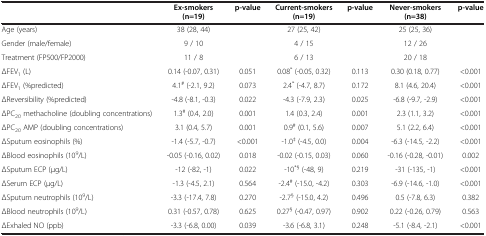
<table><thead><tr><td><b> </b></td><td><b>Ex-smokers (n=19)</b></td><td><b>p-value</b></td><td><b>Current-smokers (n=19)</b></td><td><b>p-value</b></td><td><b>Never-smokers (n=38)</b></td><td><b>p-value</b></td></tr></thead><tbody><tr><td>Age (years)</td><td>38 (28, 44)</td><td> </td><td>27 (25, 42)</td><td> </td><td>25 (25, 36)</td><td> </td></tr><tr><td>Gender (male/female)</td><td>9 / 10</td><td> </td><td>4 / 15</td><td> </td><td>12 / 26</td><td> </td></tr><tr><td>Treatment (FP500/FP2000)</td><td>11 / 8</td><td> </td><td>6 / 13</td><td> </td><td>20 / 18</td><td> </td></tr><tr><td>ΔFEV<sub>1</sub> (L)</td><td>0.14 (-0.07, 0.31)</td><td>0.051</td><td>0.08<sup>*</sup> (-0.05, 0.32)</td><td>0.113</td><td>0.30 (0.18, 0.77)</td><td>&lt;0.001</td></tr><tr><td>ΔFEV<sub>1</sub> (%predicted)</td><td>4.1<sup>#</sup> (-2.1, 9.2)</td><td>0.073</td><td>2.4<sup>*</sup> (-4.7, 8.7)</td><td>0.172</td><td>8.1 (4.6, 20.4)</td><td>&lt;0.001</td></tr><tr><td>ΔReversibility (%predicted)</td><td>-4.8 (-8.1, -0.3)</td><td>0.022</td><td>-4.3 (-7.9, 2.3)</td><td>0.025</td><td>-6.8 (-9.7, -2.9)</td><td>&lt;0.001</td></tr><tr><td>ΔPC<sub>20</sub> methacholine (doubling concentrations)</td><td>1.3<sup>#</sup> (0.4, 2.0)</td><td>0.001</td><td>1.4 (0.3, 2.4)</td><td>0.001</td><td>2.3 (1.1, 3.2)</td><td>&lt;0.001</td></tr><tr><td>ΔPC<sub>20</sub> AMP (doubling concentrations)</td><td>3.1 (0.4, 5.7)</td><td>0.001</td><td>0.9<sup>#</sup> (0.1, 5.6)</td><td>0.007</td><td>5.1 (2.2, 6.4)</td><td>&lt;0.001</td></tr><tr><td>ΔSputum eosinophils (%)</td><td>-1.4 (-5.7, -0.7)</td><td>&lt;0.001</td><td>-1.0<sup>‡</sup> (-4.5, 0.0)</td><td>0.004</td><td>-6.3 (-14.5, -2.2)</td><td>&lt;0.001</td></tr><tr><td>ΔBlood eosinophils (10<sup>9</sup>/L)</td><td>-0.05 (-0.16, 0.02)</td><td>0.018</td><td>-0.02 (-0.15, 0.03)</td><td>0.060</td><td>-0.16 (-0.28, -0.01)</td><td>0.002</td></tr><tr><td>ΔSputum ECP (μg/L)</td><td>-12 (-82, -1)</td><td>0.022</td><td>-10<sup>*§</sup> (-48, 9)</td><td>0.219</td><td>-31 (-135, -1)</td><td>&lt;0.001</td></tr><tr><td>ΔSerum ECP (μg/L)</td><td>-1.3 (-4.5, 2.1)</td><td>0.564</td><td>-2.4<sup>#</sup> (-15.0, -4.2)</td><td>0.303</td><td>-6.9 (-14.6, -1.0)</td><td>&lt;0.001</td></tr><tr><td>ΔSputum neutrophils (10<sup>9</sup>/L)</td><td>-3.3 (-17.4, 7.8)</td><td>0.270</td><td>-2.7<sup>§</sup> (-15.0, 4.2)</td><td>0.496</td><td>0.5 (-7.8, 6.3)</td><td>0.382</td></tr><tr><td>ΔBlood neutrophils (10<sup>9</sup>/L)</td><td>0.31 (-0.57, 0.78)</td><td>0.625</td><td>0.27<sup>§</sup> (-0.47, 0.97)</td><td>0.902</td><td>0.22 (-0.26, 0.79)</td><td>0.563</td></tr><tr><td>ΔExhaled NO (ppb)</td><td>-3.3 (-6.8, 0.00)</td><td>0.039</td><td>-3.6 (-6.8, 3.1)</td><td>0.248</td><td>-5.1 (-8.4, -2.1)</td><td>&lt;0.001</td></tr></tbody></table>